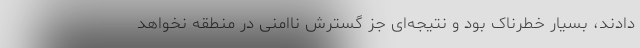
دادند، بسیار خطرناک بود و نتیجه‌ای جز گسترش ناامنی در منطقه نخواهد